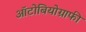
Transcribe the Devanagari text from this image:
ऑटोबियोग्राफी